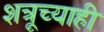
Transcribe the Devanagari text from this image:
शत्रूच्याही